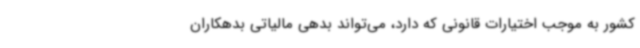
کشور به موجب اختیارات قانونی که دارد، می‌تواند بدهی مالیاتی بدهکاران